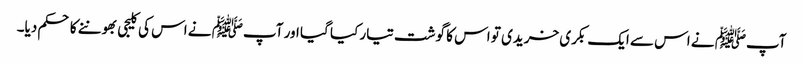
آپﷺ نے اس سے ایک بکری خریدی تو اس کا گوشت تیار کیا گیا اور آپﷺ نے اس کی کلیجی بھوننے کا حکم دیا۔